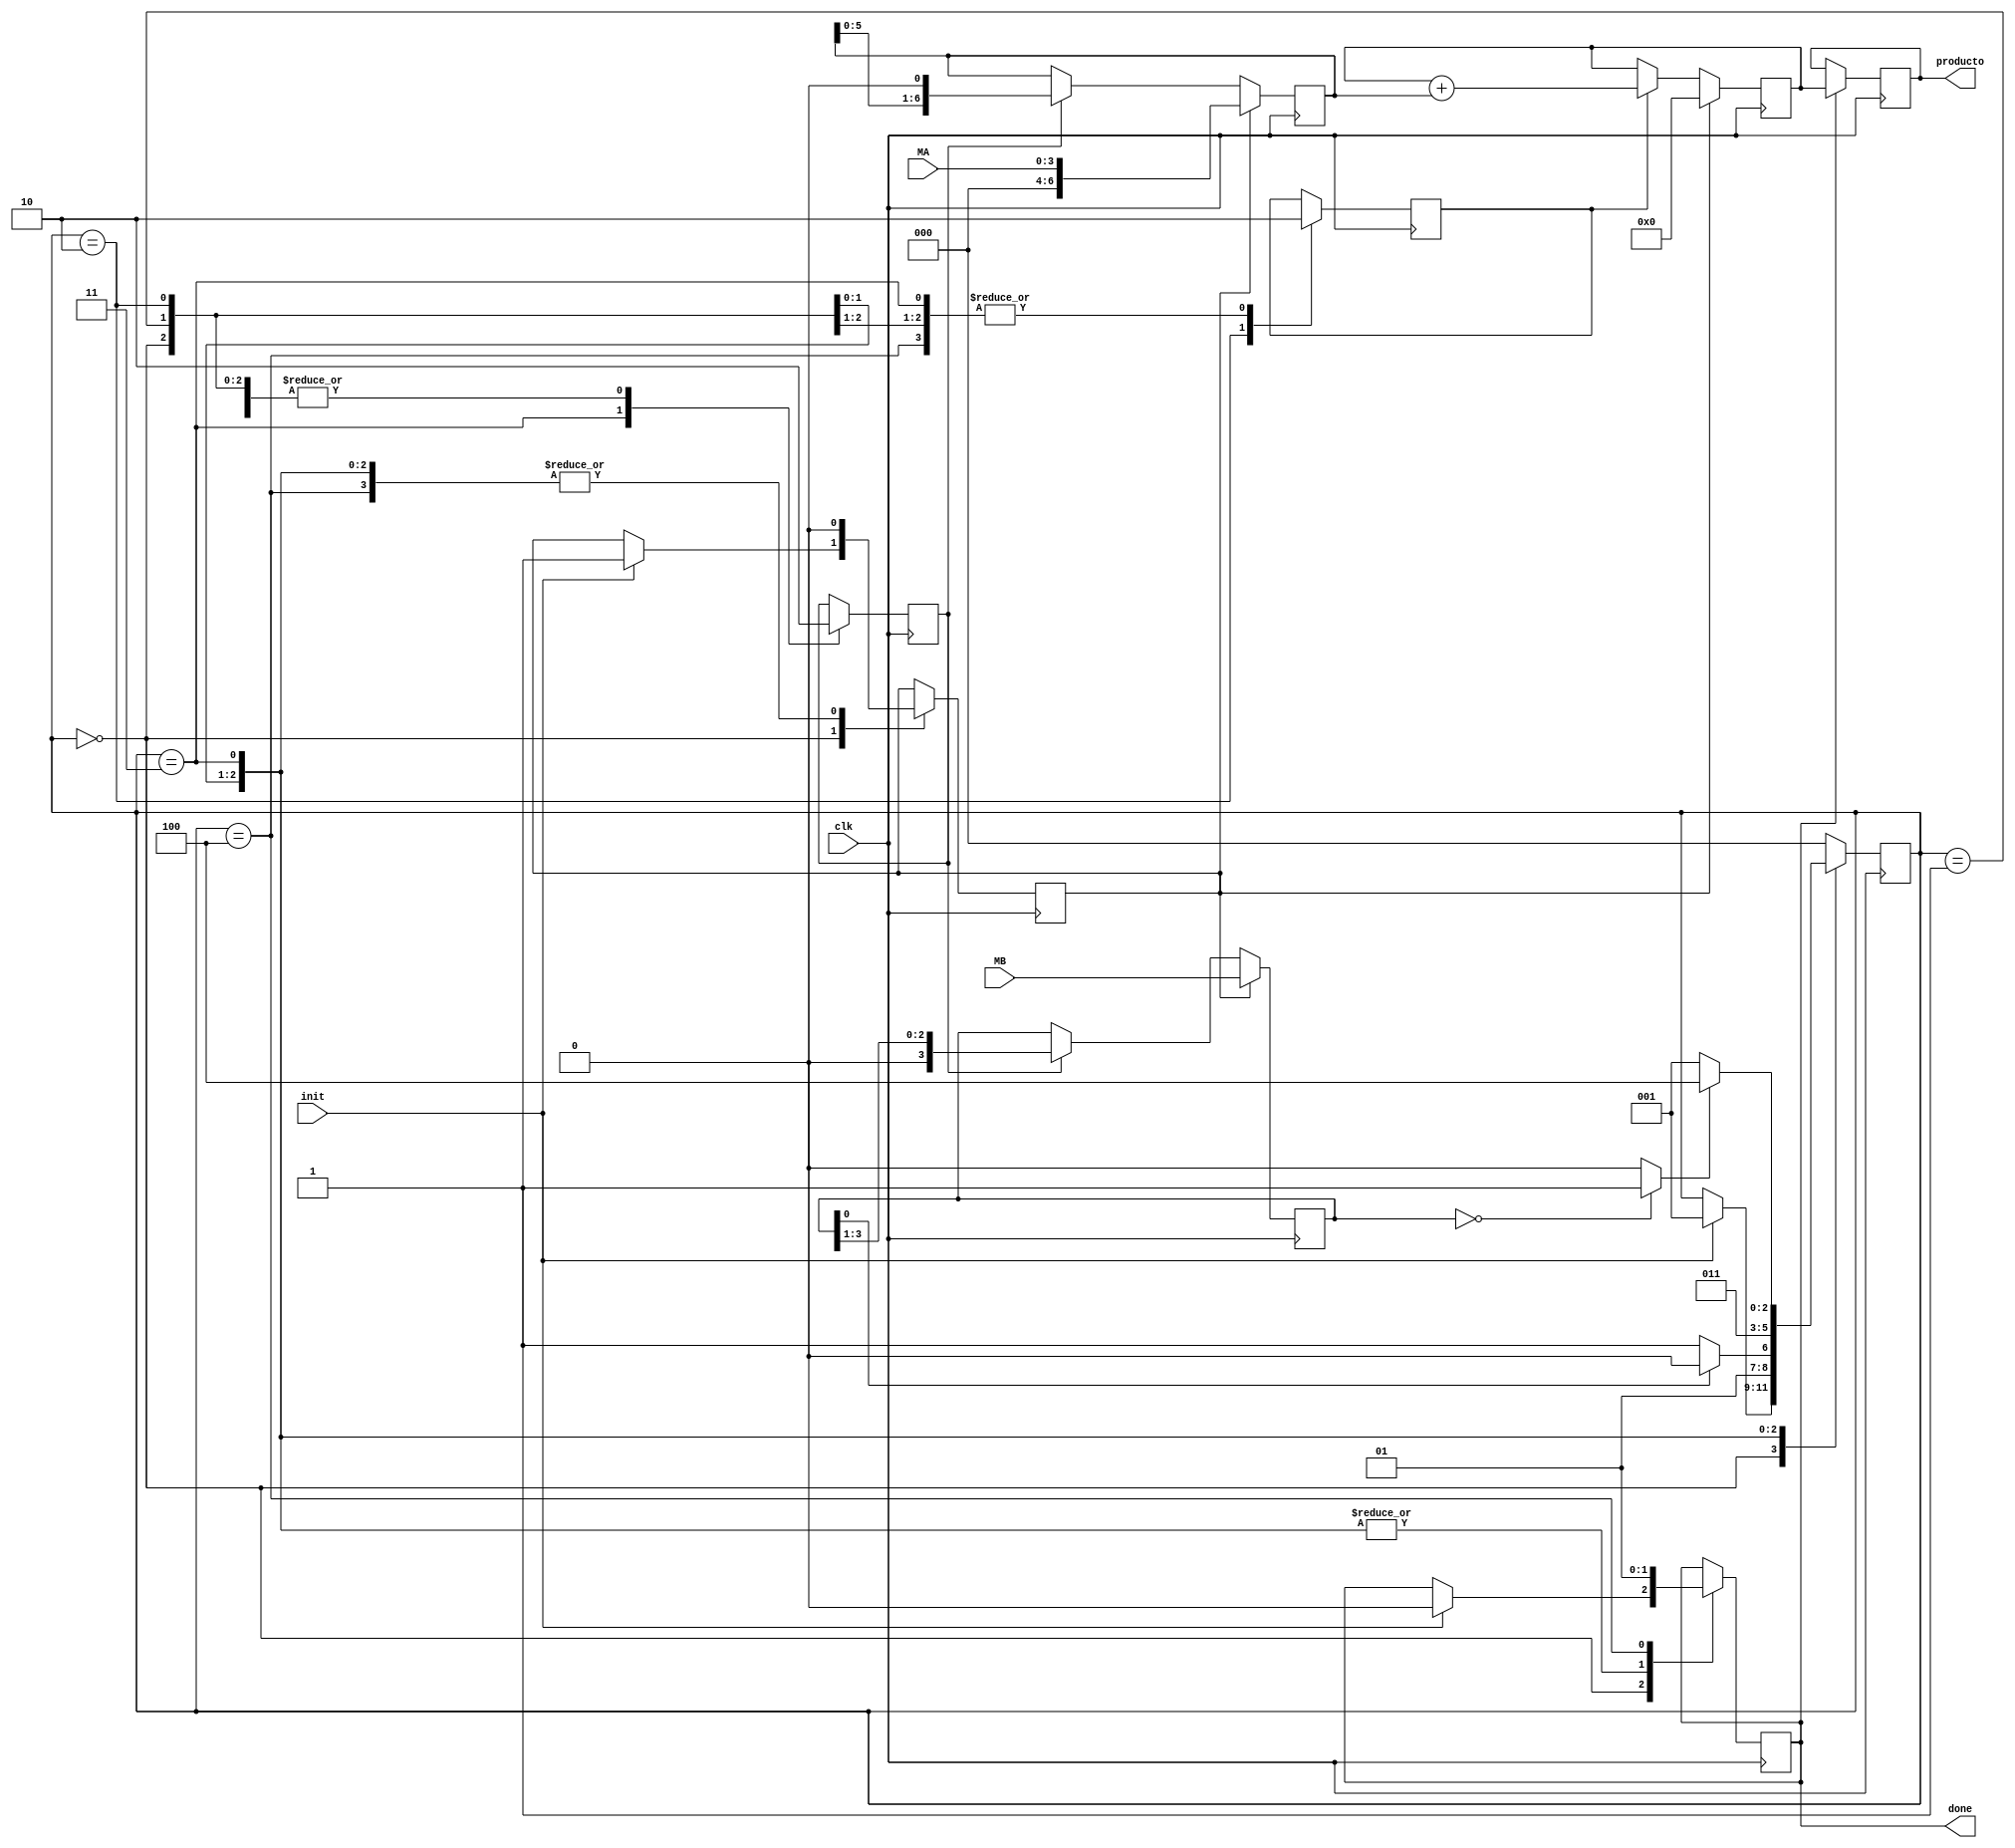
module multiplicador( input init,
							 input [3:0] MA, 
							 input [3:0] MB,
							 input clk,
							 output reg [7:0] producto,
							 output reg done
    );

reg sh;
reg rst;
reg add;
reg [6:0] A;
reg [3:0] B;
reg [2:0] status;
wire z;

//Eliminar despues
reg [7:0] pp;


//initial begin
//status =0;
//end

// bloque comparador 
assign z = (B==0)?1:0;

//DATAPATH
//bloques de registros de desplazamiento para A y B
always @(negedge clk) begin   
	if (rst) begin
		A = {3'b000, MA};
		B = MB;
	end
	else	begin 
		if (sh) begin
			A = A << 1;
			B = B >> 1;
		end
	end
end 

//bloque de add pp
always @(negedge clk) begin   
	if (rst) begin
		pp = 0;
	end
	else	begin 
		if (add) begin
			pp = pp + A;
		end
	end
end

//registro del valor final
always @(negedge clk) begin
	if (done) begin
		producto[7:0] = pp[7:0];
	end
end 

//FMS - Controlador 
parameter START = 0,  CHECK = 1, ADD = 2, SHIFT = 3, END1 = 4;

always @(posedge clk) begin
	case (status)
	START: begin
		sh	<= 0;
		add	<= 0;
		if (init) begin
			status	<= CHECK;
			done	<= 0;
			rst		<= 1;
		end
		end
	CHECK: begin 
		done	<= 0;
		rst		<= 0;
		sh		<= 0;
		add		<= 0;
		if (B[0]==1)
			status	<=ADD;
		else
			status	<=SHIFT;
		end
	ADD: begin
		done	<= 0;
		rst		<= 0;
		sh		<= 0;
		add		<= 1;
		status	<= SHIFT;
		end
	SHIFT: begin
		done	<= 0;
		rst		<= 0;
		sh		<= 1;
		add		<= 0;
		if (z==1)
			status	<= END1;
		else
			status	<= CHECK;
		end
	END1: begin
		done	<= 1;
		rst		<= 0;
		sh		<= 0;
		add		<= 0;
		status	<= START;
	end
	 default:
		status	<= START;
	endcase	
end	

endmodule